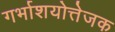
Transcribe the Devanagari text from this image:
गर्भाशयोत्तेजक